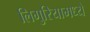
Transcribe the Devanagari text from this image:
लिगुरियामध्ये